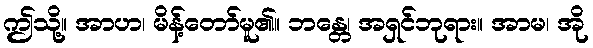
ဤသို့။ အာဟ၊ မိန့်တော်မူ၏။ ဘန္တေ၊ အရှင်ဘုရား။ အာမ၊ အို